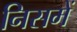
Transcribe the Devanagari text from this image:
निसमें